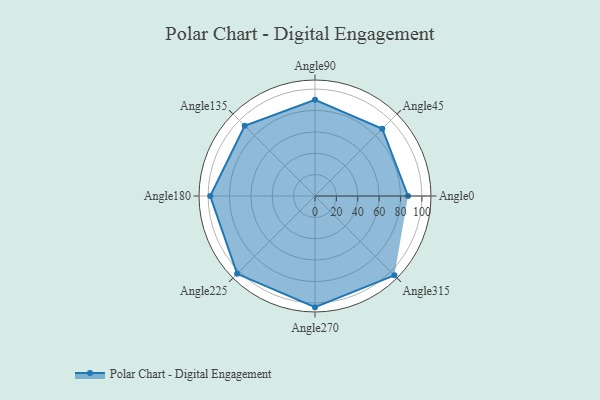
{"axis": {"x": "Angle", "y": "Radius"}, "legend": [""], "data": [{"x": "Angle0", "y": 87.0, "type": ""}, {"x": "Angle45", "y": 89.0, "type": ""}, {"x": "Angle90", "y": 90.0, "type": ""}, {"x": "Angle135", "y": 93.0, "type": ""}, {"x": "Angle180", "y": 98.0, "type": ""}, {"x": "Angle225", "y": 103.0, "type": ""}, {"x": "Angle270", "y": 104.0, "type": ""}, {"x": "Angle315", "y": 105.0, "type": ""}]}